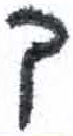
אות: ך